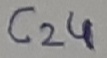
Text: C24